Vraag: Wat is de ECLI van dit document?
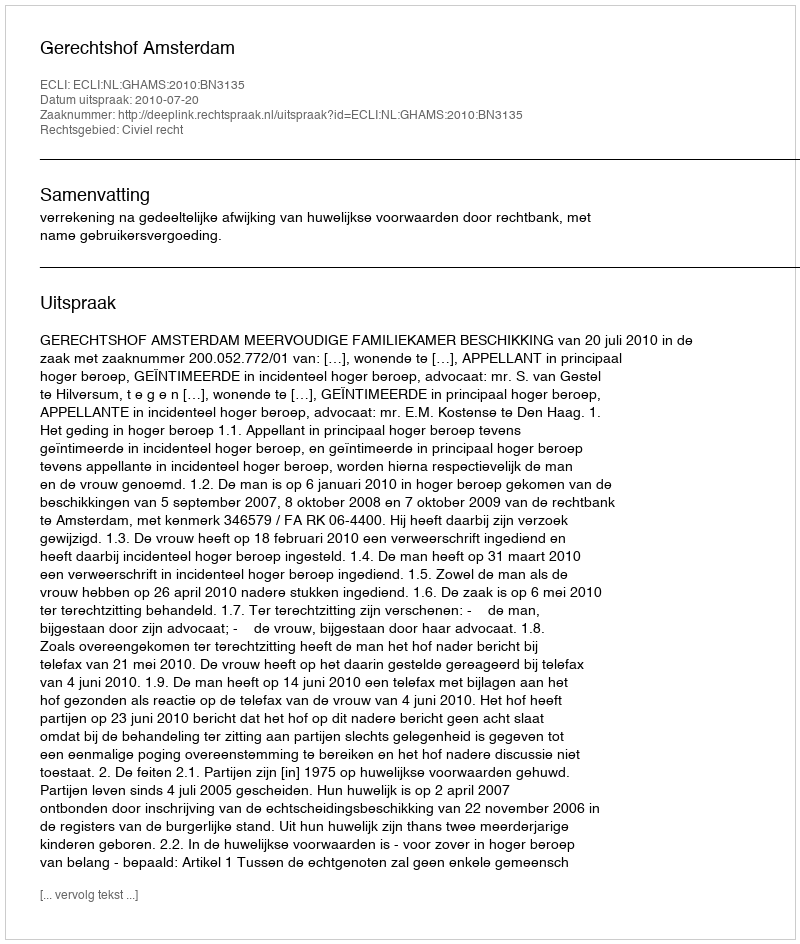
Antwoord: ECLI:NL:GHAMS:2010:BN3135